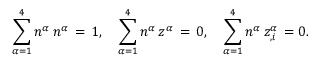
\sum _ { \alpha = 1 } ^ { 4 } n ^ { \alpha } \, n ^ { \alpha } \, = \, 1 , \quad \sum _ { \alpha = 1 } ^ { 4 } n ^ { \alpha } \, z ^ { \alpha } \, = \, 0 , \quad \sum _ { \alpha = 1 } ^ { 4 } n ^ { \alpha } \, z _ { , i } ^ { \alpha } \, = 0 .